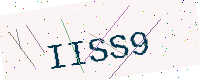
Text: IISS9